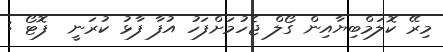
މިރޭ ކޮލަމްބިޔާއިން ގޯލް ޖެހުމަށްފަހު އުފާ ފާޅު ކުރަނީ  ފޮޓޯ :